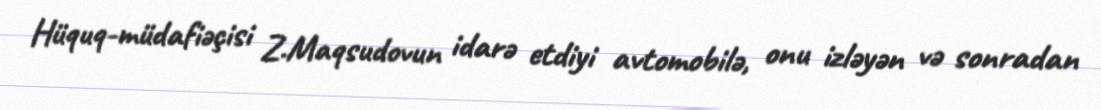
Hüquq-müdafiəçisi Z.Maqsudovun idarə etdiyi avtomobilə, onu izləyən və sonradan